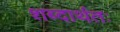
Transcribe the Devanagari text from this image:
शब्दार्थतः